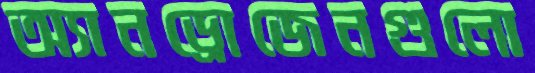
অ্যানড্রোজেনগুলো